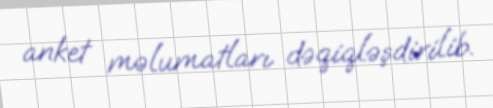
anket məlumatları dəqiqləşdirilib.